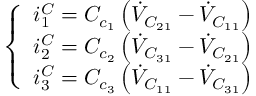
\left\{ \begin{array} { l } { i _ { 1 } ^ { C } = C _ { c _ { 1 } } \left( \dot { V } _ { C _ { 2 1 } } - \dot { V } _ { C _ { 1 1 } } \right) } \\ { i _ { 2 } ^ { C } = C _ { c _ { 2 } } \left( \dot { V } _ { C _ { 3 1 } } - \dot { V } _ { C _ { 2 1 } } \right) } \\ { i _ { 3 } ^ { C } = C _ { c _ { 3 } } \left( \dot { V } _ { C _ { 1 1 } } - \dot { V } _ { C _ { 3 1 } } \right) } \end{array} \right.